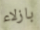
بازلاء